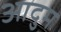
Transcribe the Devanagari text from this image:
आदुम